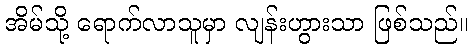
အိမ်သို့ ရောက်လာသူမှာ လျန်းဟွားသာ ဖြစ်သည်။